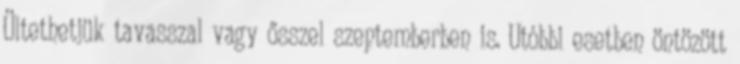
Ültethetjük tavasszal vagy ősszel szeptemberben is. Utóbbi esetben öntözött